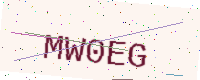
Text: MW0EG